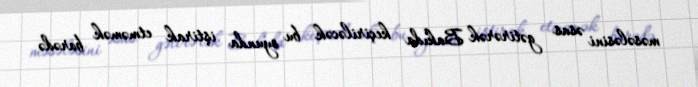
məsələsini əsas gətirərək Bakıda keçiriləcək bu oyunda iştirak etməmək barədə